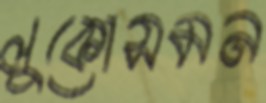
লুকোসমন